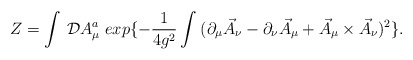
\begin{align*}Z=\int\:{\cal D} A_{\mu}^{a}\;exp\{-\frac{1}{4g^{2}}\int\:(\partial_{\mu}\vec{A}_{\nu}-\partial_{\nu}\vec{A}_{\mu}+\vec{A}_{\mu}\times\vec{A}_{\nu})^2\}.\end{align*}